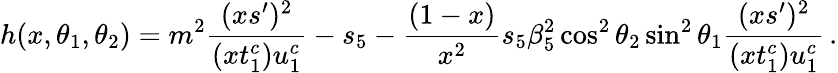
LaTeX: h(x,\theta_{1},\theta_{2})=m^{2}\frac{(xs^{\prime})^{2}}{(xt_{1}^{c})u_{1}^{c}}-s_{5}-\frac{(1-x)}{x^{2}}s_{5}\beta_{5}^{2}\cos^{2}\theta_{2}\sin^{2}\theta_{1}\frac{(xs^{\prime})^{2}}{(xt_{1}^{c})u_{1}^{c}}\, .